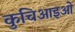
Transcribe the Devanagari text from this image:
कुचिआइओ